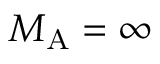
{ M _ { \mathrm { A } } } = \infty